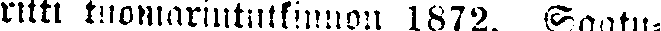
ritti tuomarintutkinnon 1872. Saatu-